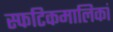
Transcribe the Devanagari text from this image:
स्फटिकमालिकां